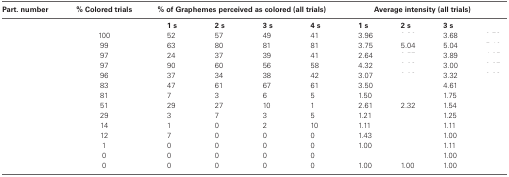
<table><thead><tr><td><b>Part. Number</b></td><td><b>% Colored Trials</b></td><td colspan="4"><b>% of Graphemes Perceived as Colored (all trials)</b></td><td colspan="4"><b>Average Intensity (all trials)</b></td></tr></thead><tbody><tr><td>[EMPTY_CELL]</td><td>[EMPTY_CELL]</td><td><b>1 s</b></td><td><b>2 s</b></td><td><b>3 s</b></td><td><b>4 s</b></td><td><b>1 s</b></td><td><b>2 s</b></td><td><b>3 s</b></td><td>[EMPTY_CELL]</td></tr><tr><td>[EMPTY_CELL]</td><td>100</td><td>52</td><td>57</td><td>49</td><td>41</td><td>3.96</td><td>[EMPTY_CELL]</td><td>3.68</td><td>[EMPTY_CELL]</td></tr><tr><td>[EMPTY_CELL]</td><td>99</td><td>63</td><td>80</td><td>81</td><td>81</td><td>3.75</td><td>5.04</td><td>5.04</td><td>[EMPTY_CELL]</td></tr><tr><td>[EMPTY_CELL]</td><td>97</td><td>24</td><td>37</td><td>39</td><td>41</td><td>2.64</td><td>[EMPTY_CELL]</td><td>3.89</td><td>[EMPTY_CELL]</td></tr><tr><td>[EMPTY_CELL]</td><td>97</td><td>90</td><td>60</td><td>56</td><td>58</td><td>4.32</td><td>[EMPTY_CELL]</td><td>3.00</td><td>[EMPTY_CELL]</td></tr><tr><td>[EMPTY_CELL]</td><td>96</td><td>37</td><td>34</td><td>38</td><td>42</td><td>3.07</td><td>[EMPTY_CELL]</td><td>3.32</td><td>[EMPTY_CELL]</td></tr><tr><td>[EMPTY_CELL]</td><td>83</td><td>47</td><td>61</td><td>67</td><td>61</td><td>3.50</td><td>[EMPTY_CELL]</td><td>4.61</td><td>[EMPTY_CELL]</td></tr><tr><td>[EMPTY_CELL]</td><td>81</td><td>7</td><td>3</td><td>6</td><td>5</td><td>1.50</td><td>[EMPTY_CELL]</td><td>1.75</td><td>[EMPTY_CELL]</td></tr><tr><td>[EMPTY_CELL]</td><td>51</td><td>29</td><td>27</td><td>10</td><td>1</td><td>2.61</td><td>2.32</td><td>1.54</td><td>[EMPTY_CELL]</td></tr><tr><td>[EMPTY_CELL]</td><td>29</td><td>3</td><td>7</td><td>3</td><td>5</td><td>1.21</td><td>[EMPTY_CELL]</td><td>1.25</td><td>[EMPTY_CELL]</td></tr><tr><td>[EMPTY_CELL]</td><td>14</td><td>1</td><td>0</td><td>2</td><td>10</td><td>1.11</td><td>[EMPTY_CELL]</td><td>1.11</td><td>[EMPTY_CELL]</td></tr><tr><td>[EMPTY_CELL]</td><td>12</td><td>7</td><td>0</td><td>0</td><td>0</td><td>1.43</td><td>[EMPTY_CELL]</td><td>1.00</td><td>[EMPTY_CELL]</td></tr><tr><td>[EMPTY_CELL]</td><td>1</td><td>0</td><td>0</td><td>0</td><td>0</td><td>1.00</td><td>[EMPTY_CELL]</td><td>1.11</td><td>[EMPTY_CELL]</td></tr><tr><td>[EMPTY_CELL]</td><td>0</td><td>0</td><td>0</td><td>0</td><td>0</td><td>[EMPTY_CELL]</td><td>[EMPTY_CELL]</td><td>1.00</td><td>[EMPTY_CELL]</td></tr><tr><td>[EMPTY_CELL]</td><td>0</td><td>0</td><td>0</td><td>0</td><td>0</td><td>1.00</td><td>1.00</td><td>1.00</td><td>[EMPTY_CELL]</td></tr></tbody></table>